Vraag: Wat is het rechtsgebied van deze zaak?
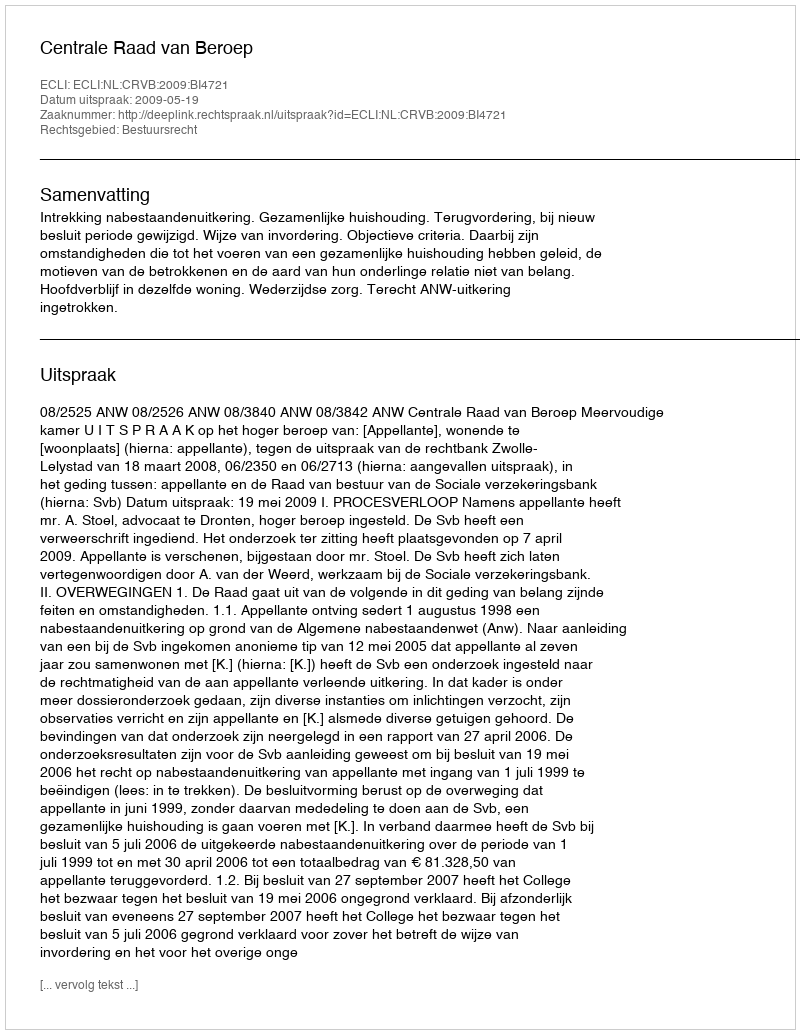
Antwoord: Bestuursrecht